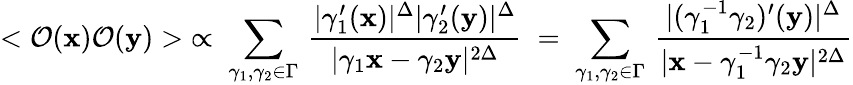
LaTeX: <{\cal O}({\mathbf x}){\cal O}({\mathbf y})>\; \propto\; \sum_{\gamma_{1},\gamma_{2}\in\Gamma}\, \frac{|\gamma_{1}^{\prime}({\mathbf x})|^{\Delta}|\gamma_{2}^{\prime}({\mathbf y})|^{\Delta}}{|\gamma_{1}{\mathbf x}-\gamma_{2}{\mathbf y}|^{2\Delta}}\; =\; \sum_{\gamma_{1},\gamma_{2}\in\Gamma}\, \frac{|(\gamma_{1}^{-1}\gamma_{2})^{\prime}({\mathbf y})|^{\Delta}}{|{\mathbf x}-\gamma_{1}^{-1}\gamma_{2}{\mathbf y}|^{2\Delta}}